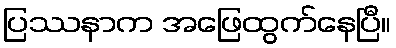
ပြဿနာက အဖြေထွက်နေပြီ။